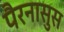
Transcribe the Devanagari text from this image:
पैरनासुस